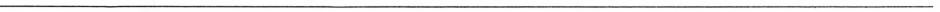
___